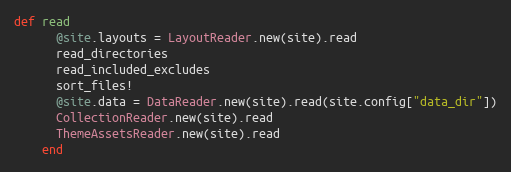
Language: Ruby
def read
      @site.layouts = LayoutReader.new(site).read
      read_directories
      read_included_excludes
      sort_files!
      @site.data = DataReader.new(site).read(site.config["data_dir"])
      CollectionReader.new(site).read
      ThemeAssetsReader.new(site).read
    end